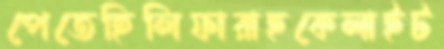
পেতেছিলিফারাহকেলাইট